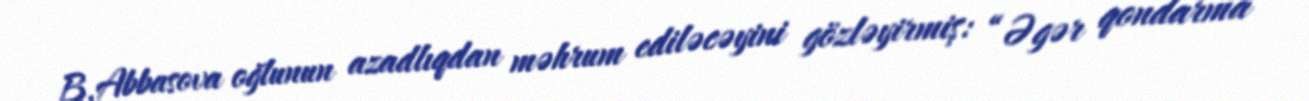
B.Abbasova oğlunun azadlıqdan məhrum ediləcəyini gözləyirmiş: “Əgər qondarma